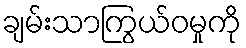
ချမ်းသာကြွယ်ဝမှုကို